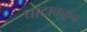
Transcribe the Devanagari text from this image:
घाटाकडून